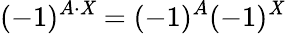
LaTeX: (-1)^{A\cdot\mathit{X}}=(-1)^{A}(-1)^{\mathit{X}}